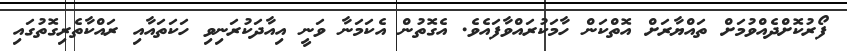
ފޯރުކޮށްދެއްވުމަށް ތައްޔާރަށް އޮތްކަން ހާމަކުރައްވާފައެވެ. އެގޮތުން އެކަމަނާ ވަނީ އިއާދަކުރަނިވި ހަކަތައާއި ރައްކާތެރިގޮތުގައި